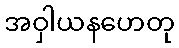
အဝှါယနဟေတု